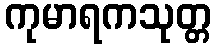
ကုမာရကသုတ္တ